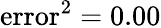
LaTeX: \mathrm{error}^{2}=0.00